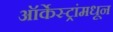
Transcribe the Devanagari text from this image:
ऑर्केस्ट्रांमधून